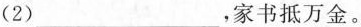
( 2 ) ___，家书抵万金。